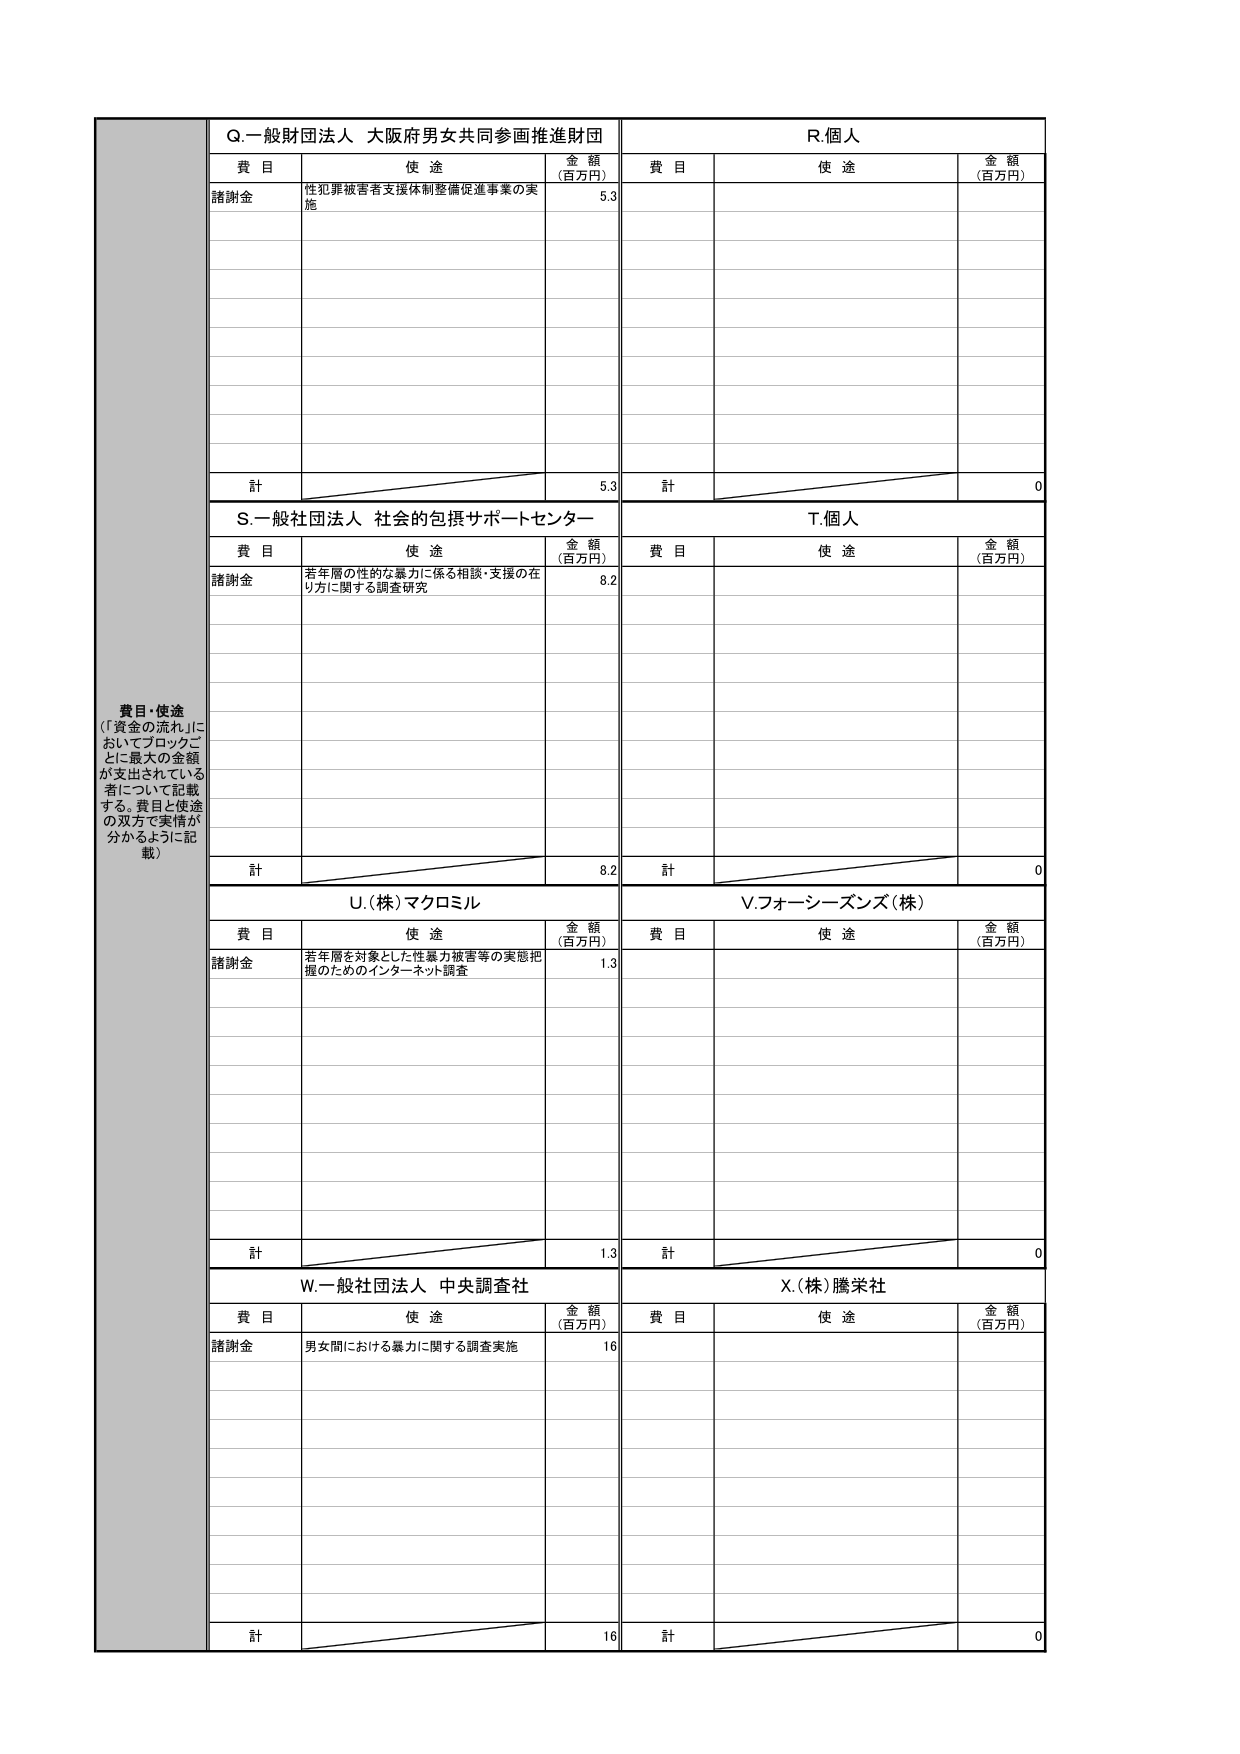
費目・使途
（「資金の流れ」においてブロックごとに最大の金額が支出されている者について記載する。費目と使途の双方で実情が分かるように記載）

Q.一般財団法人 大阪府男女共同参画推進財団
費目 使途 金額（百万円）
諸謝金 性犯罪被害者支援体制整備促進事業の実施 5.3
計 5.3

R.個人
費目 使途 金額（百万円）
計 0

S.一般社団法人 社会的包摂サポートセンター
費目 使途 金額（百万円）
諸謝金 若年層の性的な暴力に係る相談・支援の在り方に関する調査研究 8.2
計 8.2

T.個人
費目 使途 金額（百万円）
計 0

U.（株）マクロミル
費目 使途 金額（百万円）
諸謝金 若年層を対象とした性暴力被害等の実態把握のためのインターネット調査 1.3
計 1.3

V.フォーシーズンズ（株）
費目 使途 金額（百万円）
計 0

W.一般社団法人 中央調査社
費目 使途 金額（百万円）
諸謝金 男女間における暴力に関する調査実施 16
計 16

X.（株）騰栄社
費目 使途 金額（百万円）
計 0